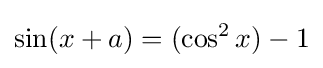
\sin(x+a)=(\cos ^{2}x)-1